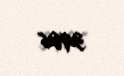
3906